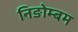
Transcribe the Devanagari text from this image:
निङोम्बम